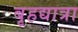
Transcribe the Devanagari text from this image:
बृहद्यात्रा